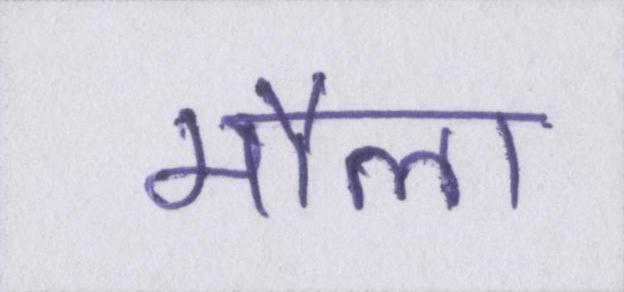
मौला